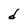
Character: d